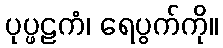
ပုပ္ဖဠကံ၊ ရေပွက်ကို။